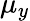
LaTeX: \mu_{y}